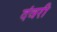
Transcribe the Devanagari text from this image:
दंवरी